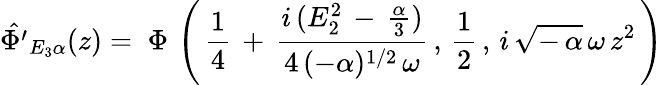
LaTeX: \hat{\Phi^{\prime}}_{E_{3}\alpha}(z)=\; \Phi\, \left(\, \frac{1}{4}\, +\, \frac{i\, (E_{2}^{2}\, -\, \frac{\alpha}{3})}{4\, (-\alpha)^{1/2}\, \omega}\, ,\, \frac{1}{2}\, ,\, i\, \sqrt{-\, \alpha}\, \omega\, z^{2}\, \right)\,